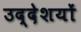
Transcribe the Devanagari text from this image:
उद्देशयों